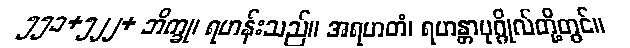
၅၅၁+၅၂၂+ ဘိက္ခု၊ ရဟန်းသည်။ အရဟတံ၊ ရဟန္တာပုဂ္ဂိုလ်တို့တွင်။